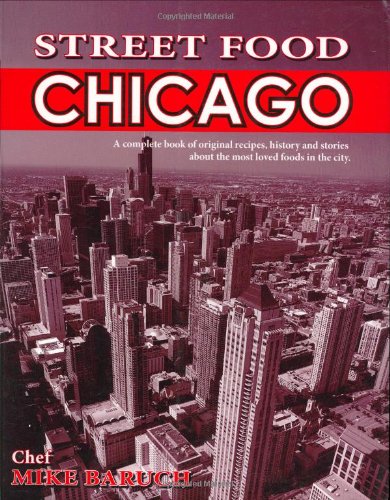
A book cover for Street Food Chicago; Michael J. Baruch; Cookbooks, Food & Wine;